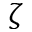
\zeta